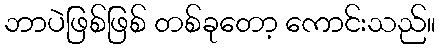
ဘာပဲဖြစ်ဖြစ် တစ်ခုတော့ ကောင်းသည်။